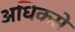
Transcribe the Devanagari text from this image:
अधिकसे